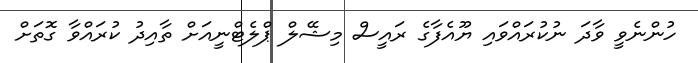
ހުންނެވީ ވާދަ ނުކުރައްވައި ޔޫއެފާގެ ރައީސް މިޝޭލް ޕްލެޓްނީއަށް ތާއިދު ކުރައްވާ ގޮތަށް